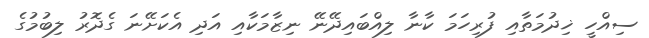
ސިއްހީ ޚިދުމަތާއި ފުރިހަމަ ކާނާ ލިއްބައިދޭނޭ ނިޒާމަކާއި އަދި އެކަށޭނަ ގެދޮރު ލިބުމުގެ